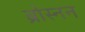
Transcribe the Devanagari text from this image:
ब्रोस्नन